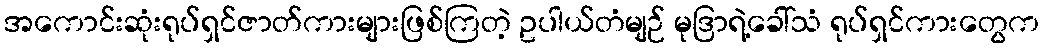
အကောင်းဆုံးရုပ်ရှင်ဇာတ်ကားများဖြစ်ကြတဲ့ ဥပါယ်တံမျဉ် မုဒြာရဲ့ခေါ်သံ ရုပ်ရှင်ကားတွေက